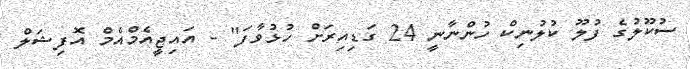
ސުކޫލުގެ ފުލޫ ކުލުނިކް ހުންނާނީ 24 ގަޑިއިރަށް ހުޅުވާފަ" - އައިޖީއެމްއެމް އޮފިޝަލް